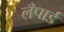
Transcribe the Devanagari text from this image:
लँपार्ड